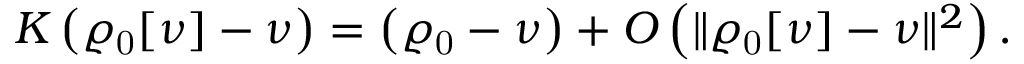
{ \displaystyle { \cal K } \left( \varrho _ { \mathrm { 0 } } [ \nu ] - \nu \right) = \left( \varrho _ { \mathrm { 0 } } - \nu \right) + { \cal O } \left( \| \varrho _ { \mathrm { 0 } } [ \nu ] - \nu \| ^ { 2 } \right) . }